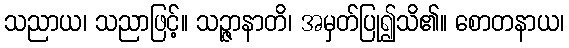
သညာယ၊ သညာဖြင့်။ သဉ္ဇာနာတိ၊ အမှတ်ပြု၍သိ၏။ စောတနာယ၊